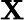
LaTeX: \mathbf{X}